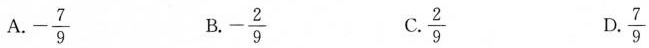
A. -\frac{7}{9} B. -\frac{2}{9} C. \frac{2}{9} D. \frac{7}{9}